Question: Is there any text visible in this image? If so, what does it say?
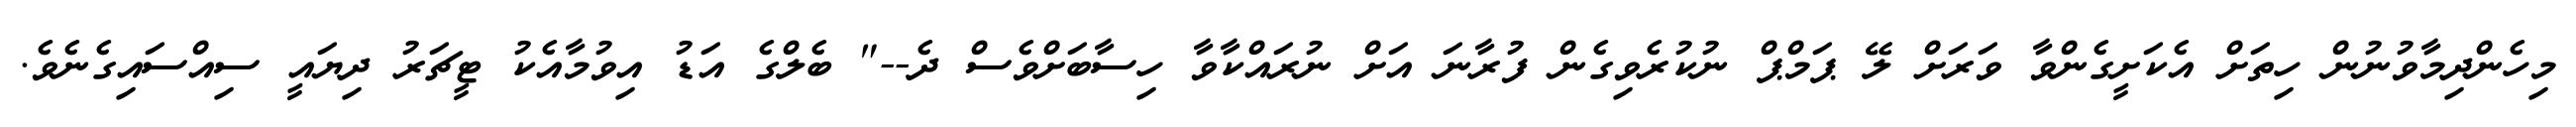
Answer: މިހެންދިމާވުނުން ހިތަށް އެކަށީގެންވާ ވަރަށް ލޭ ޕަމްޕް ނުކުރެވިގެން ފުރާނަ އަށް ނުރައްކާވާ ހިސާބަށްވެސް ދެ--" ބެލްގެ އަޑު އިވުމާއެކު ޓީޗަރު ދިޔައީ ސިއްސައިގެނެވެ.